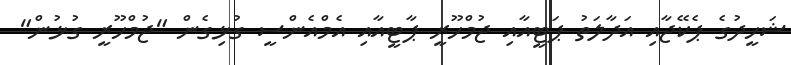
ޝަހީދުގެ ޕެކޭޖާއި އަދާލަތު ޕަޓީއާއި ޖުމްހޫރީ ޕާޓީއާއި އެމްއެންސީ ގުޅިގެން "ޖުމްހޫރީ ގުޅުން"